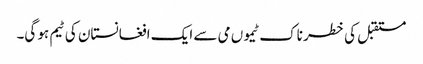
مستقبل کی خطر ناک ٹیموں می سے ایک افغانستان کی ٹیم ہو گی۔